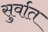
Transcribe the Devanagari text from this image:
सुर्वात